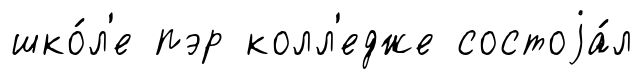
шко́л'е пэр колл'едже состоjа́л